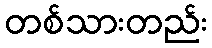
တစ်သားတည်း